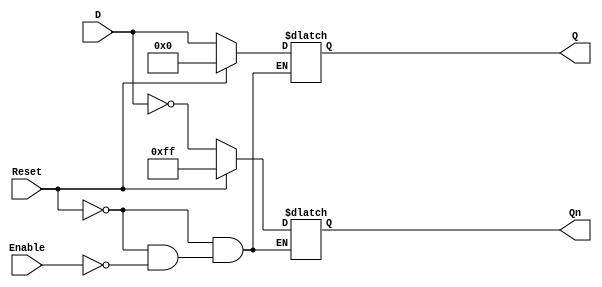
module LatchRegister #(
    parameter N = 8 // Parameter for the number of bits in the register
)(
    input wire [N-1:0] D,      // Data input
    input wire Enable,          // Control signal (Enable)
    input wire Reset,           // Asynchronous reset
    output reg [N-1:0] Q,       // Data output
    output reg [N-1:0] Qn       // Complementary output
);

// Latch behavior
always @(*) begin
    if (Reset) begin
        Q = {N{1'b0}};           // Initialize to 0 on reset
        Qn = {N{1'b1}};          // Complement of Q
    end else if (Enable) begin
        Q = D;                   // Store input data when enabled
        Qn = ~D;                 // Complement of input data
    end
end

endmodule